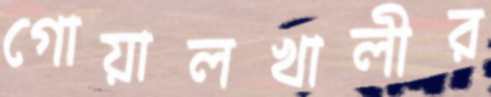
গোয়ালখালীর